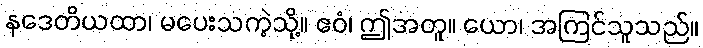
နဒေတိယထာ၊ မပေးသကဲ့သို့။ ဧဝံ၊ ဤအတူ။ ယော၊ အကြင်သူသည်။